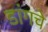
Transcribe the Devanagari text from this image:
डांगचे